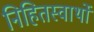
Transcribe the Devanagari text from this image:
निहितस्वार्थों